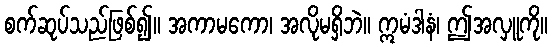
စက်ဆုပ်သည်ဖြစ်၍။ အကာမကော၊ အလိုမရှိဘဲ။ ဣမံဒါနံ၊ ဤအလှူကို။